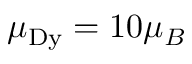
\mu _ { \mathrm { D y } } = 1 0 \mu _ { B }